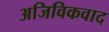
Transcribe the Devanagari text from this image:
अजिविकवाद